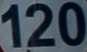
120